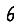
Digit: 6